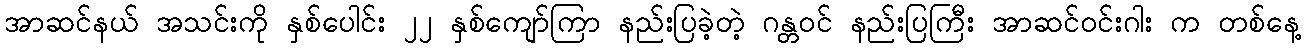
အာဆင်နယ် အသင်းကို နှစ်ပေါင်း ၂၂ နှစ်ကျော်ကြာ နည်းပြခဲ့တဲ့ ဂန္တဝင် နည်းပြကြီး အာဆင်ဝင်းဂါး က တစ်နေ့